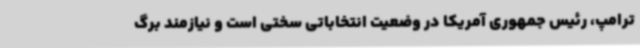
ترامپ، رئیس جمهوری آمریکا در وضعیت انتخاباتی سختی است و نیازمند برگ